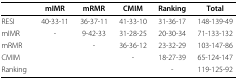
|  | mIMR | mRMR | CMIM | Ranking | Total |
 | --- | --- | --- | --- | --- | --- |
 | RESI | 40-33-11 | 36-37-11 | 41-33-10 | 31-36-17 | 148-139-49 |
 | mIMR | - | 9-42-33 | 31-28-25 | 20-30-34 | 71-133-132 |
 | mRMR |  | - | 36-36-12 | 23-32-29 | 103-147-86 |
 | CMIM |  |  | - | 18-27-39 | 65-124-147 |
 | Ranking |  |  |  | - | 119-125-92 |